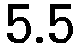
5.5